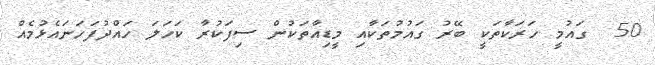
50  ގައުމީ ހަރަކާތަކީ ބޭރު ގައުމުތަކާއި މީޑިއާތަކުން ސިފަކުރާ ކަހަލަ ހައްދުފަހަނައެޅުމެއް